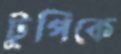
টুপিকে